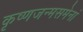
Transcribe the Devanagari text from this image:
कृष्णजन्मसमेनां